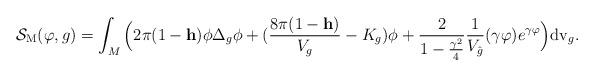
LaTeX: \begin{align*} \mathcal{S}_{\rm M}( \varphi,g)=\int_M\Big(2\pi(1-\textbf{h})\phi \Delta_g\phi+(\frac{8\pi(1-\textbf{h})}{V_{g}}-K_{g})\phi+\frac{2}{1-\frac{\gamma^2}{4}}\frac{1}{V_{\hat g}}(\gamma \varphi) e^{\gamma \varphi}\Big) {\rm dv}_{g}. \end{align*}